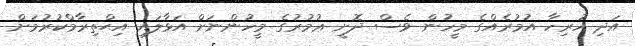
އަދި ހުރިހާ އުމުރެއްގެ މީހުން ވެސް ދޮށީ ޢުމުރުގެ މީހުންނަށް އަޅާލައި އިޙްތިރާމްކުރުމަށް